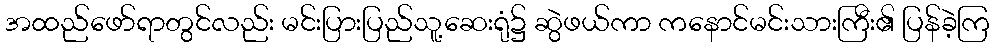
အထည်ဖော်ရာတွင်လည်း မင်းပြားပြည်သူ့ဆေးရုံ၌ ဆွဲဖယ်ကာ ကနောင်မင်းသားကြီး၏ ပြန်ခဲ့ကြ